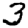
Digit: 3